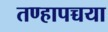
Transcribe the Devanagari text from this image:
तण्हापच्चया